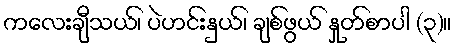
ကလေးချီသယ်၊ ပဲဟင်းနှယ်၊ ချစ်ဖွယ် နှုတ်စာပါ (၃)။